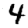
Digit: 4